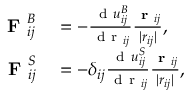
\begin{array} { r l } { \textbf { F } _ { i j } ^ { B } } & { { } = - \frac { \mathrm { ~ d ~ } u _ { i j } ^ { B } } { \mathrm { ~ d ~ r ~ } _ { i j } } \frac { \textbf { r } _ { i j } } { | r _ { i j } | } , } \\ { \textbf { F } _ { i j } ^ { S } } & { { } = - \delta _ { i j } \frac { \mathrm { ~ d ~ } u _ { i j } ^ { S } } { \mathrm { ~ d ~ r ~ } _ { i j } } \frac { \textbf { r } _ { i j } } { | r _ { i j } | } , } \end{array}